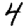
Digit: 4